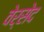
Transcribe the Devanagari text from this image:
वेर्सेद